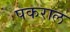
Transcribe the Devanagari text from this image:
पकराल